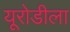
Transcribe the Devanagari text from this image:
यूरोडीला